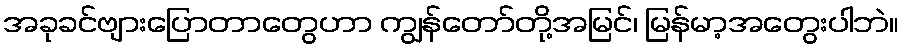
အခုခင်ဗျားပြောတာတွေဟာ ကျွန်တော်တို့အမြင်၊ မြန်မာ့အတွေးပါဘဲ။